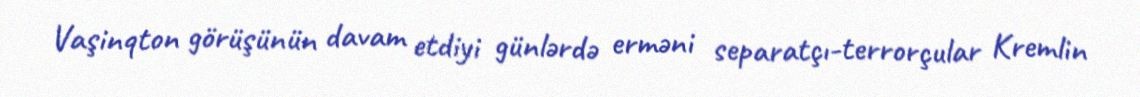
Vaşinqton görüşünün davam etdiyi günlərdə erməni separatçı-terrorçular Kremlin